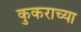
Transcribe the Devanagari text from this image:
कुकराच्या